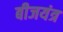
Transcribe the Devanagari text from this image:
बीजयंत्र